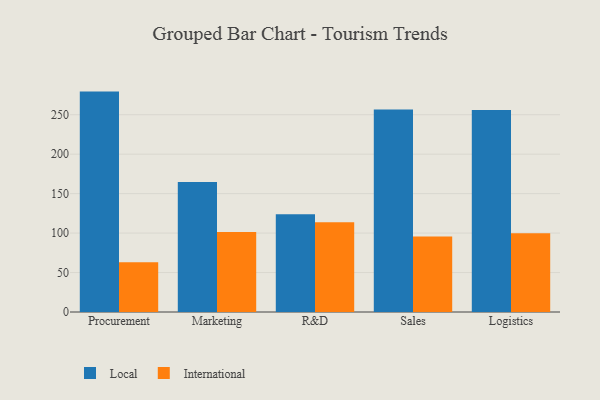
{"axis": {"x": "Department", "y": "Satisfaction Score"}, "legend": ["International", "Local"], "data": [{"x": "Procurement", "y": 279.3, "type": "Local"}, {"x": "Procurement", "y": 63.2, "type": "International"}, {"x": "Marketing", "y": 164.8, "type": "Local"}, {"x": "Marketing", "y": 101.5, "type": "International"}, {"x": "R&D", "y": 123.8, "type": "Local"}, {"x": "R&D", "y": 113.7, "type": "International"}, {"x": "Sales", "y": 256.5, "type": "Local"}, {"x": "Sales", "y": 95.8, "type": "International"}, {"x": "Logistics", "y": 256.1, "type": "Local"}, {"x": "Logistics", "y": 99.8, "type": "International"}]}